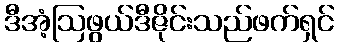
ဒီအံ့ဩဖွယ်ဒီဇိုင်းသည်ဖက်ရှင်